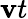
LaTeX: \mathbf{v}t